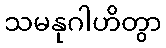
သမနုဂါဟိတွာ